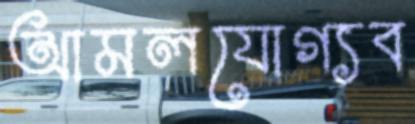
আমলযোগ্যব